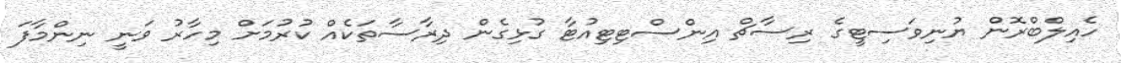
ހެއިލްބްރޮން ޔުނިވަސިޓީގެ ރިސާޗް އިންސްޓިޓިއުޓާ ގުޅިގެން ދިރާސާތަކެއް ކުރުމަށް މިހާރު ވަނީ ނިންމާފަ